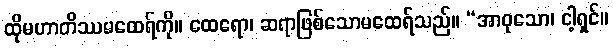
ထိုမဟာတိဿမထေရ်ကို။ ထေရော၊ ဆရာဖြစ်သောမထေရ်သည်။ “အာဝုသော၊ ငါ့ရှင်။